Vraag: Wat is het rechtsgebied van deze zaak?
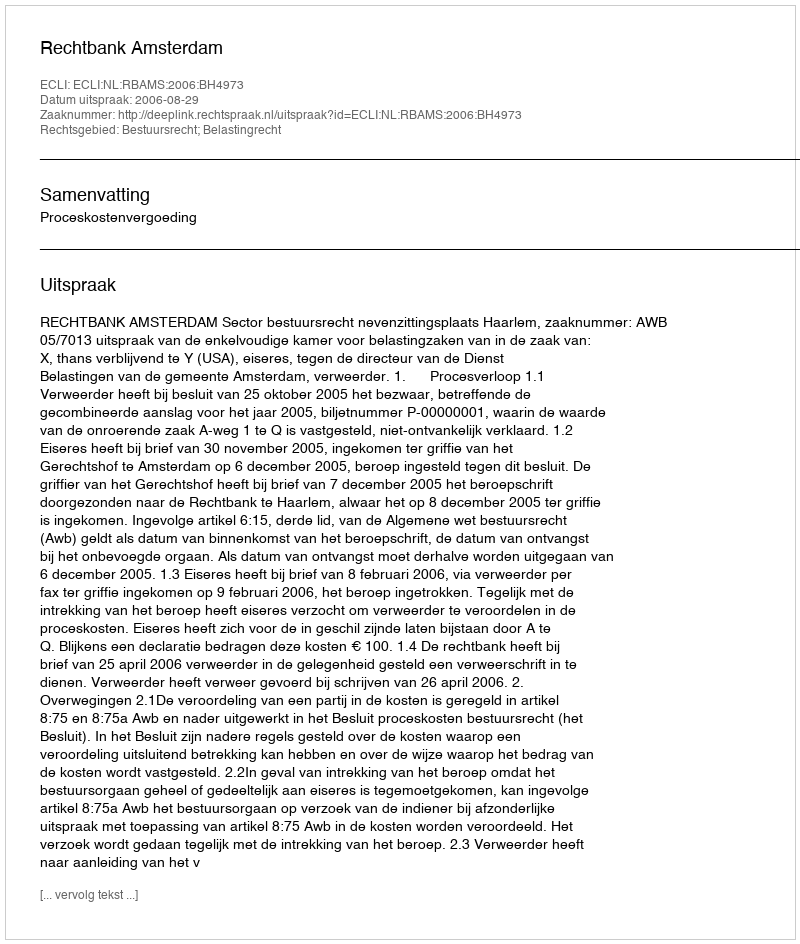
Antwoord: Bestuursrecht; Belastingrecht